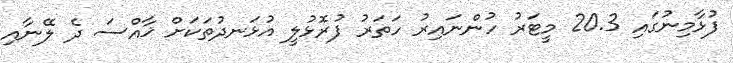
ފުޅާމިނުގައި 20.3 މީޓަރު ހުންނައިރު ހަތަރު ފުރޮޅުލީ އުޅަނދުތަކަށް ޚާއްސަ ދެ ލޭނާއި